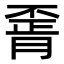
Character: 𦝽